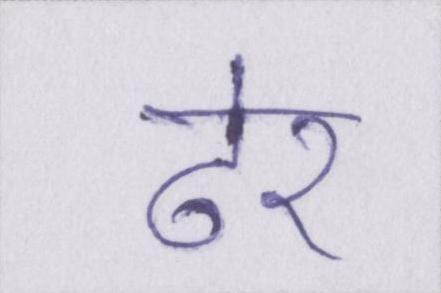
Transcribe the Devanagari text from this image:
ढेर